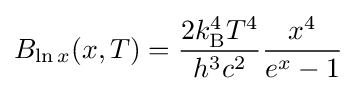
B_{\ln x}(x,T)={\frac {2k_{\mathrm {B} }^{4}T^{4}}{h^{3}c^{2}}}{\frac {x^{4}}{e^{x}-1}}